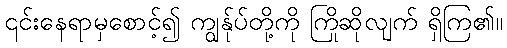
၎င်းနေရာမှစောင့်၍ ကျွန်ုပ်တို့ကို ကြိုဆိုလျက် ရှိကြ၏။